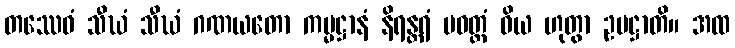
တဿေဝံ သီဃံ သီဃံ ဂဏယတော ကမ္မဋ္ဌာနံ နိရန္တရံ ပဝတ္တံ ဝိယ ဟုတွာ ဥပဋ္ဌာတိ။ အထ